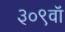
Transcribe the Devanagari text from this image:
३०९वॉ